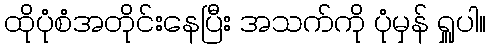
ထိုပုံစံအတိုင်းနေပြီး အသက်ကို ပုံမှန် ရှူပါ။